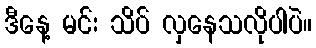
ဒီနေ့ မင်း သိပ် လှနေသလိုပါပဲ။